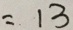
= 1 3